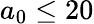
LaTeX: a_{0}\leq 20